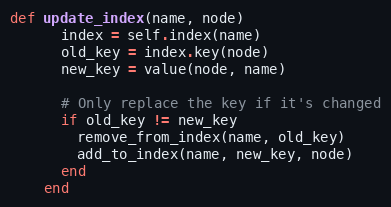
Language: Ruby
def update_index(name, node)
      index = self.index(name)
      old_key = index.key(node)
      new_key = value(node, name)

      # Only replace the key if it's changed
      if old_key != new_key
        remove_from_index(name, old_key)
        add_to_index(name, new_key, node)
      end
    end